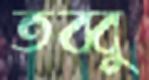
তব্বু